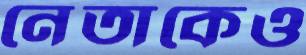
নেতাকেও